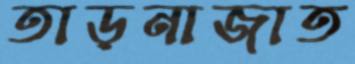
তাড়নাজাত